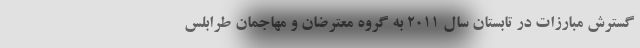
گسترش مبارزات در تابستان سال 2011 به گروه معترضان و مهاجمان طرابلس